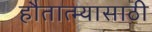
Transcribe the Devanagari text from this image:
हौतात्म्यासाठी